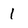
Character: l